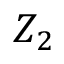
Z _ { 2 }